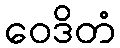
ဝေဒိတံ